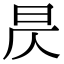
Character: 昃